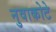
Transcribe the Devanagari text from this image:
नुवाकोटे